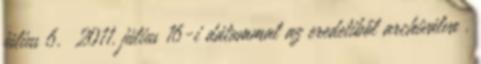
július 6. 2011. július 16-i dátummal az eredetiből archiválva .